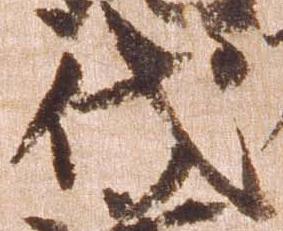
代